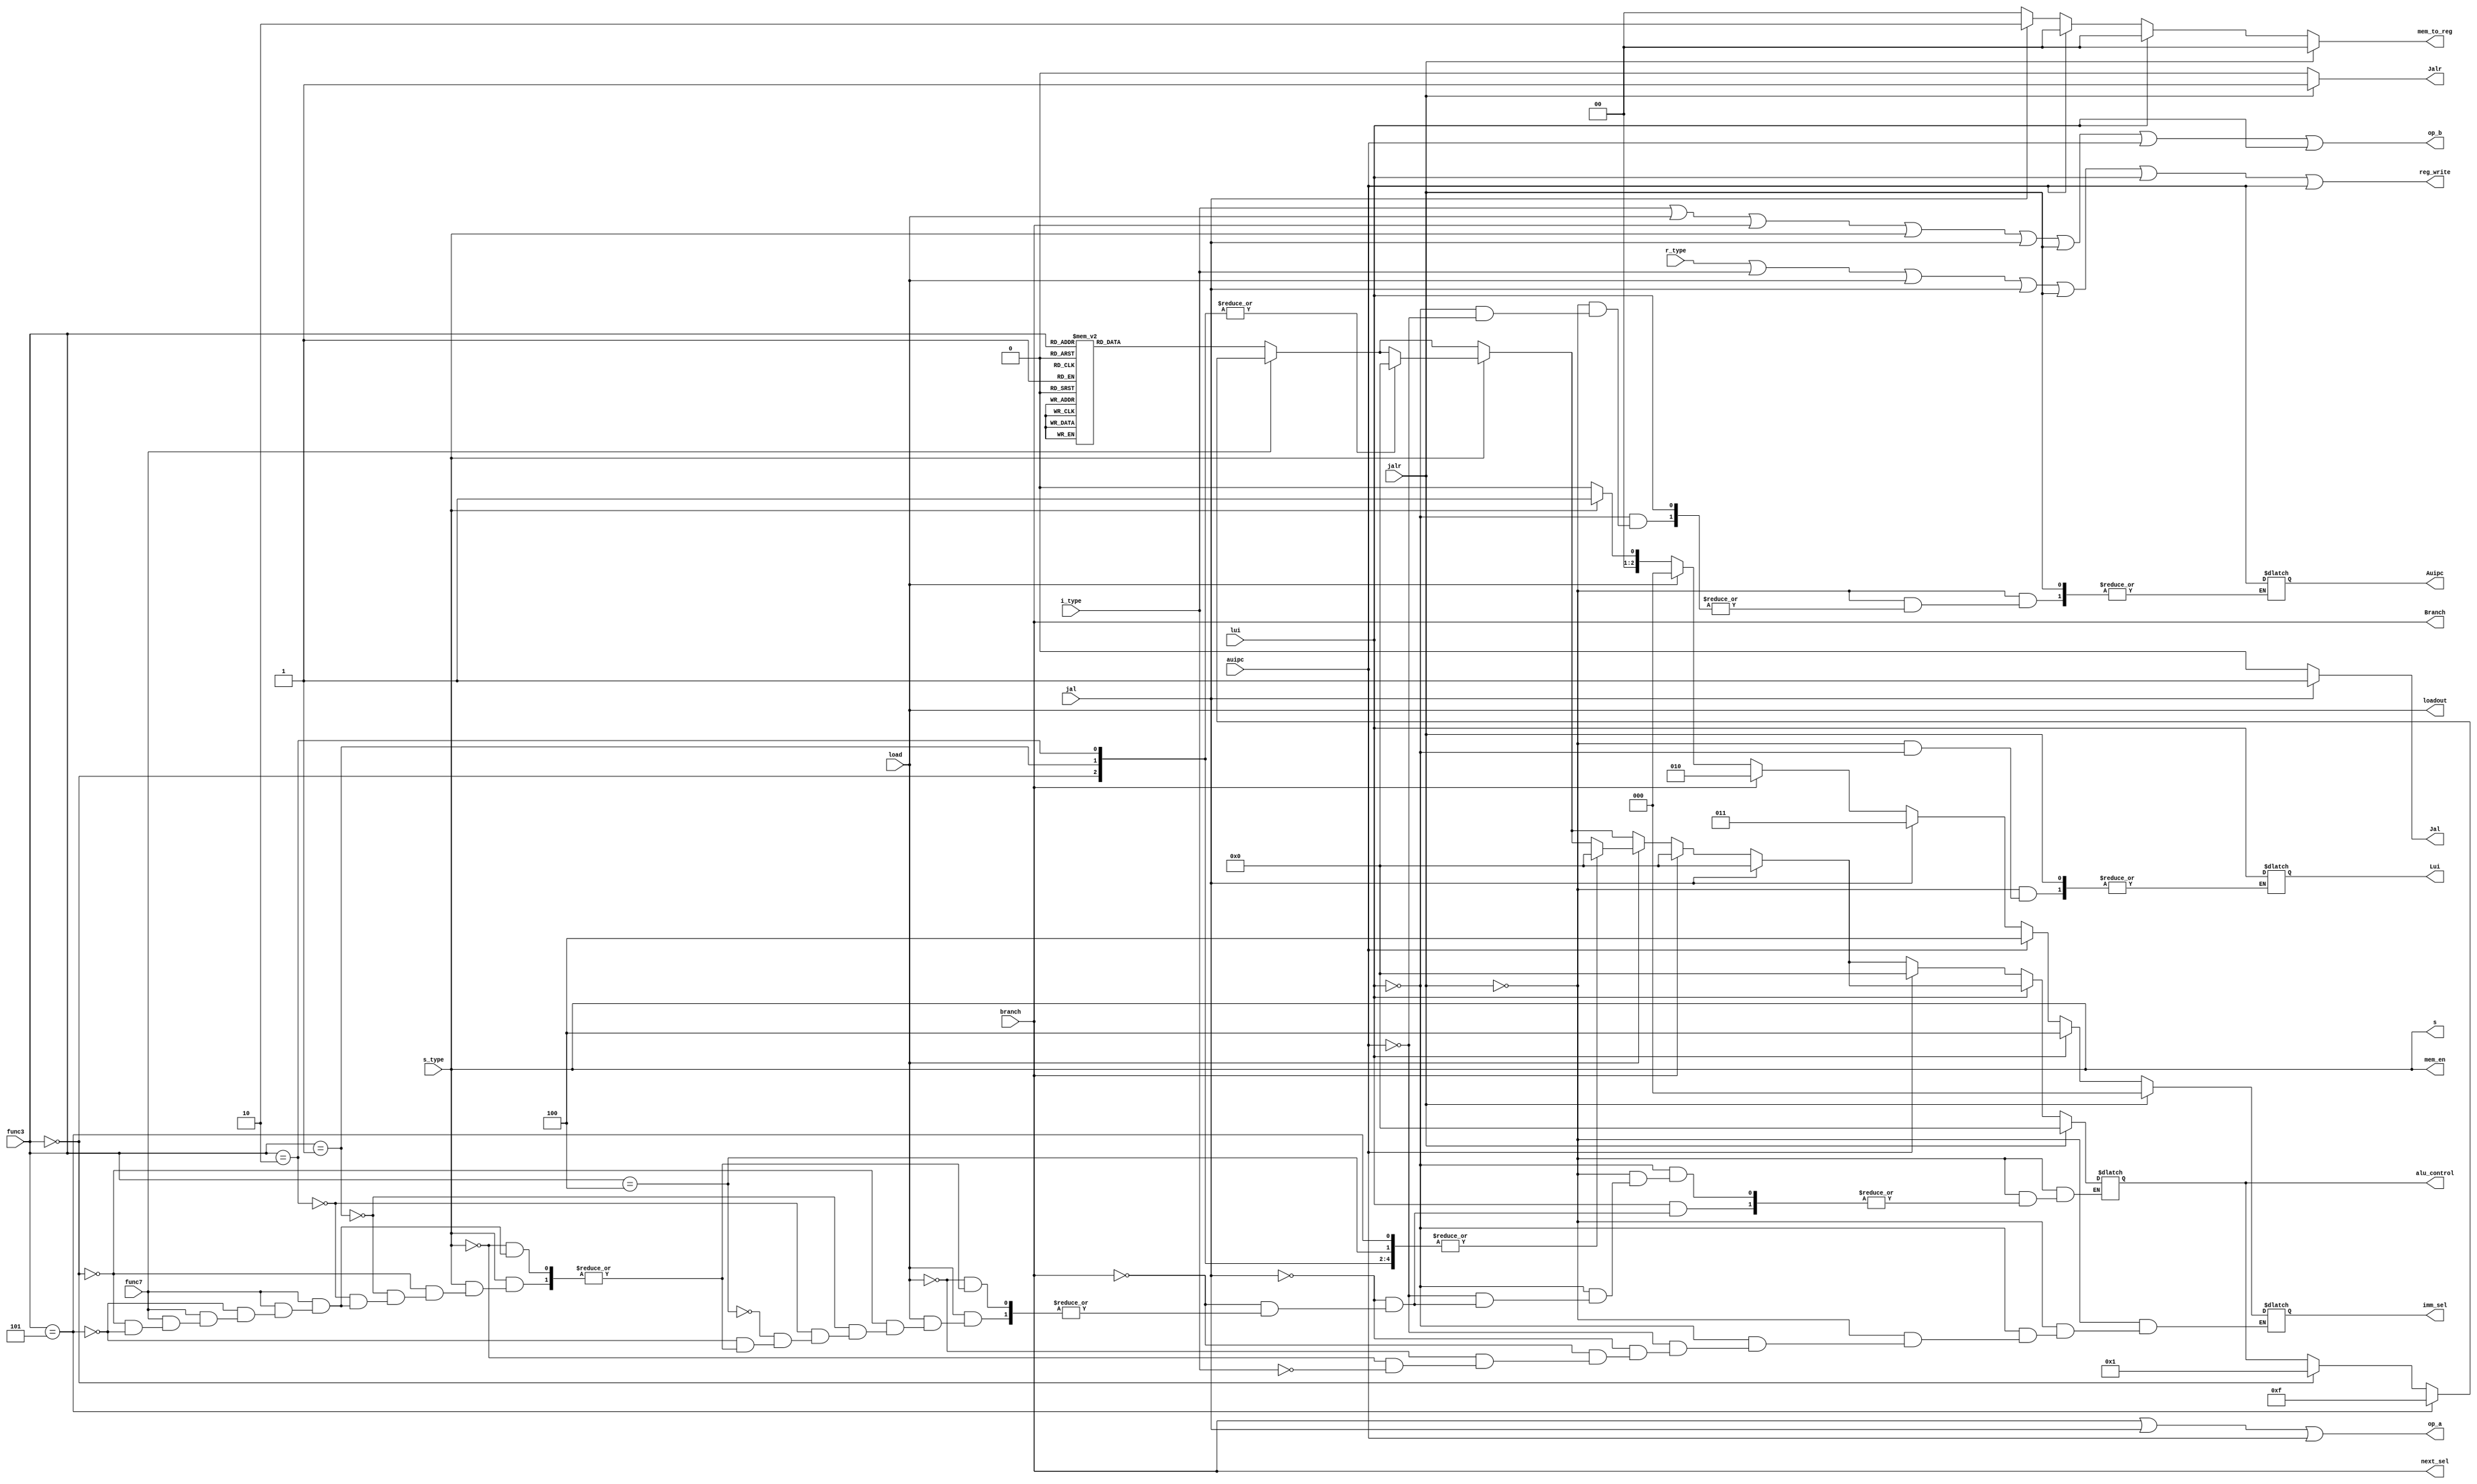
module controldecode (r_type,i_type,s_type,load,func3,func7,lui,auipc,Lui,Auipc,reg_write,jal,jalr,Jal,Jalr,op_b,op_a,alu_control,next_sel,mem_en,mem_to_reg,s,loadout,imm_sel,branch,Branch);
  input wire r_type;
  input wire i_type;
  input wire s_type;
  input wire load;
  input wire branch;
  input wire [2:0]func3;
  input wire func7;
  input wire jal;
  input wire jalr;
  input wire lui;
  input wire auipc;
  

  output reg reg_write;
  output reg op_a;
  output reg op_b;
  output reg [3:0]alu_control;
  output reg [1:0]mem_to_reg;
  output reg s;
  output reg loadout;
  output reg [2:0] imm_sel;
  output reg next_sel;
  output reg mem_en;
  output reg Branch;
  output reg Jal;
  output reg Jalr;
  output reg Auipc;
  output reg Lui;


  always @(*)begin 
    reg_write = r_type | i_type | load | jal | jalr | lui | auipc;
    op_a = branch | jal|auipc;
    op_b = i_type | load | branch | s_type | jal | jalr|auipc |lui;
    loadout = load;
    s = s_type;
    mem_to_reg = load;
    mem_en = s_type;
    Branch = branch;
    next_sel = branch;
    Jal = 1'b0;
    Jalr = 1'b0;
  
    if (r_type)
    mem_to_reg = 2'b00;
      if(func7)
        case (func3)
          3'b000 : begin 
          alu_control = 0001; // subtract
          end
          3'b101:begin 
          alu_control = 0111; // sra
          end
        endcase
      else case (func3)
          3'b000:begin 
            alu_control = 0000; //add
          end
          3'b001:begin 
            alu_control = 0010; //and
          end
          3'b010:begin 
            alu_control = 0011; // or
          end
          3'b011:begin 
            alu_control = 0100; //xor
          end
          3'b100:begin 
            alu_control = 0101; //sll
          end
          3'b101:begin 
            alu_control = 0110; // srl
          end
          3'b110:begin 
            alu_control = 1000; //slt
          end
          3'b111:begin 
            alu_control = 1001; //sltu
          end
          endcase


    if (i_type)
    imm_sel = 000;
    mem_to_reg = 2'b00;
      if(func7)
        case (func3)
          3'b101 : begin 
            alu_control = 0111;
          end
        endcase
    else case (func3)
          3'b000:begin 
            alu_control = 0000;
          end
          3'b001:begin 
            alu_control = 0010;
          end
          3'b010:begin 
            alu_control = 0011;
          end
          3'b011:begin 
            alu_control = 0100;
          end
          3'b100:begin 
            alu_control = 0101;
          end
          3'b101:begin 
            alu_control = 0110;
          end
          3'b110:begin 
            alu_control = 1000;
          end
          3'b111:begin 
            alu_control = 1001;
          end
    endcase

       if (s_type) begin //store
        imm_sel = 001;
        mem_to_reg = 2'b00;
        
        case (func3) 
        3'b000: begin //sb
            alu_control = 4'b0000;
        end
        3'b001:begin //sh
            alu_control = 4'b0000;
        end
        3'b010:begin //sw
            alu_control = 4'b0000;
        end
        endcase
       end
        if (load)begin 
            imm_sel = 3'b000;
            mem_to_reg = 2'b00;
          case (func3) 
          3'b000:begin //lb
              alu_control = 4'b0000;
          end
          3'b001:begin //lh
              alu_control = 4'b0000;
          end
          3'b010:begin //lw
              alu_control = 4'b0000;
          end
          3'b100:begin //lbu
              alu_control = 4'b0000;
          end
          3'b101:begin //lhu
              alu_control = 4'b0000;
          end
          endcase
        end
        if (branch)begin
        alu_control = 4'b0000;
        imm_sel = 010; //branch selection
    end
    
     if (jal)begin
        mem_to_reg = 2'b10;
        Jal = jal;
        alu_control = 4'b0000;
        imm_sel = 3'b011;//jal selection
    end
    if(jalr)begin
        Jalr = jalr;
        mem_to_reg = 2'b00;
        alu_control = 4'b0000;
        imm_sel = 3'b000;//i_type selection
    end
    else if(lui)begin
        mem_to_reg = 2'b00;
        Lui =lui;
        imm_sel = 3'b100;//u_type selection
    end
        else if(auipc)begin
        mem_to_reg = 2'b00;
        Auipc =auipc;
        alu_control = 4'b0000;
        imm_sel = 3'b100;//u_type selection
    end
    end
endmodule